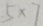
5 \times 7